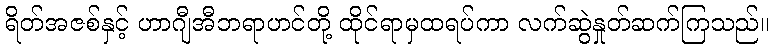
ရိတ်အဇစ်နှင့် ဟာဂျီအီဘရာဟင်တို့ ထိုင်ရာမှထရပ်ကာ လက်ဆွဲနှုတ်ဆက်ကြသည်။